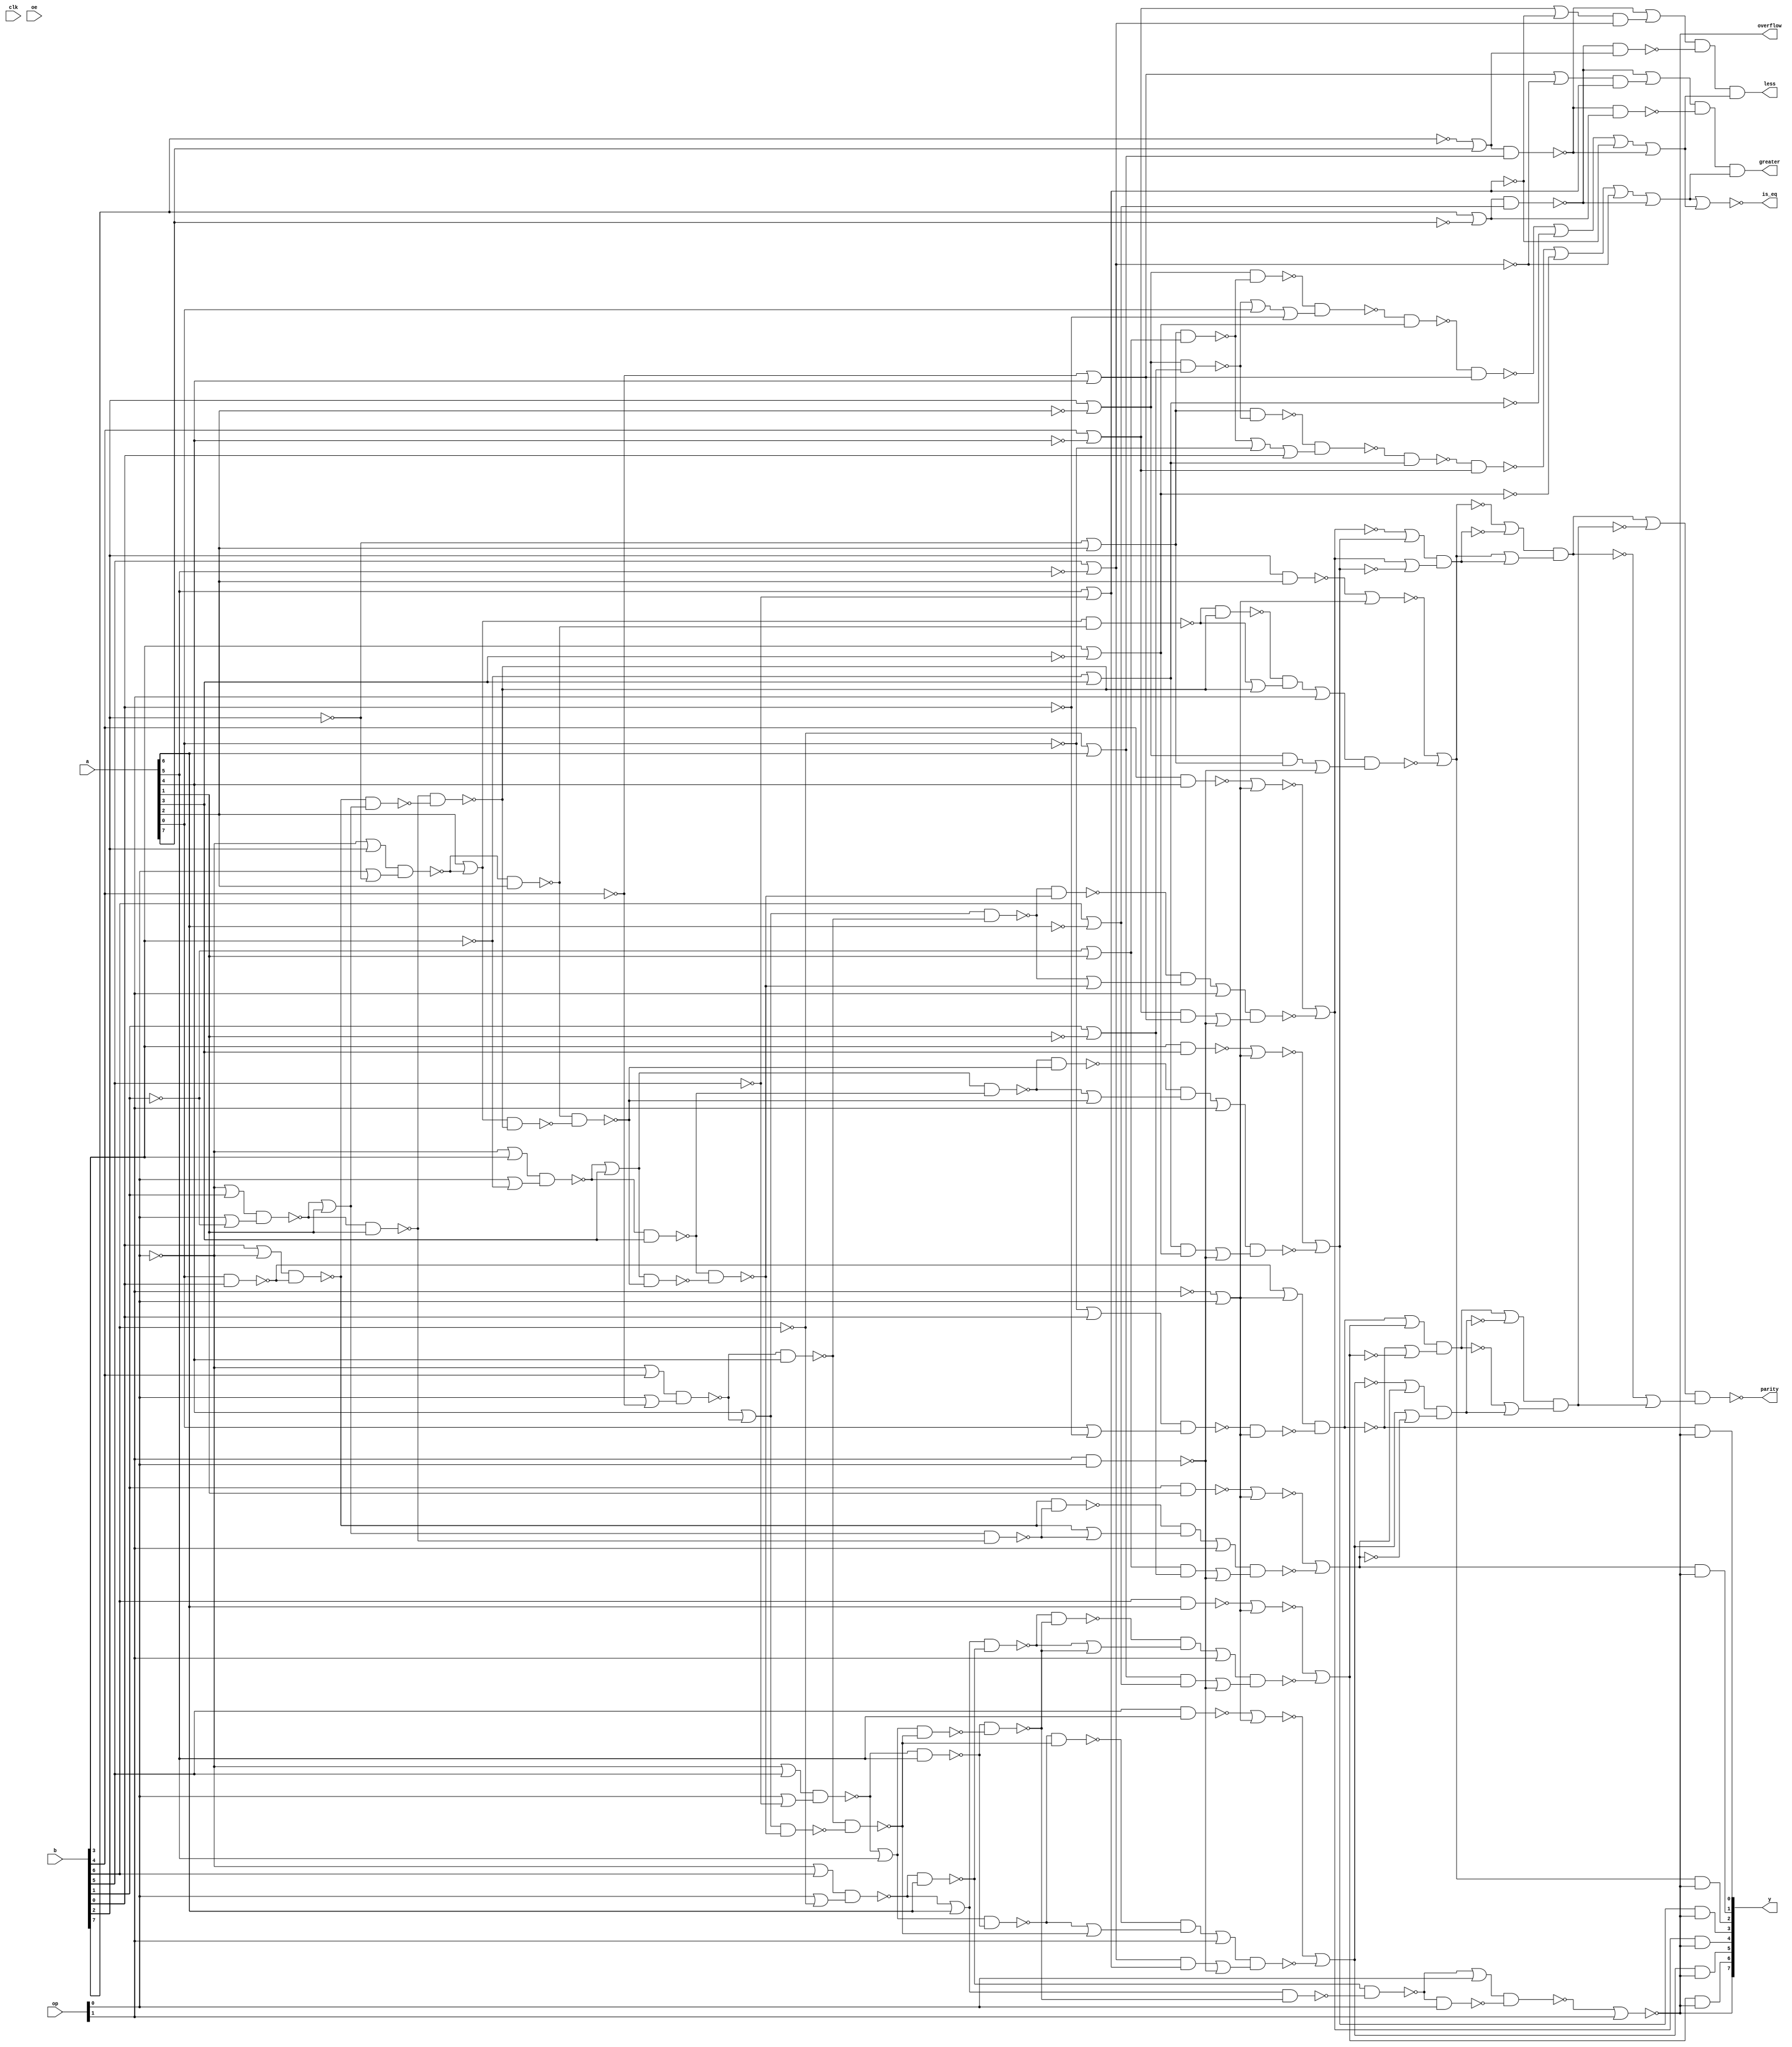

// Generated by Cadence Genus(TM) Synthesis Solution 20.10-p003_1
// Generated on: Mar 31 2021 19:10:52 PDT (Apr  1 2021 02:10:52 UTC)

// Verification Directory fv/top 

module top(clk, a, b, op, oe, y, parity, overflow, greater, is_eq,
     less);
  input clk, oe;
  input [7:0] a, b;
  input [1:0] op;
  output [7:0] y;
  output parity, overflow, greater, is_eq, less;
  wire clk, oe;
  wire [7:0] a, b;
  wire [1:0] op;
  wire [7:0] y;
  wire parity, overflow, greater, is_eq, less;
  wire n_471, n_472, n_473, n_474, n_475, n_476, n_477, n_478;
  wire n_479, n_480, n_481, n_482, n_483, n_484, n_485, n_486;
  wire n_487, n_488, n_489, n_490, n_491, n_492, n_493, n_494;
  wire n_495, n_496, n_497, n_498, n_499, n_500, n_501, n_502;
  wire n_503, n_504, n_505, n_506, n_507, n_508, n_509, n_510;
  wire n_512, n_513, n_515, n_516, n_517, n_518, n_519, n_520;
  wire n_534, n_535, n_537, n_539, n_541, n_542, n_543, n_544;
  wire n_545, n_546, n_547, n_549, n_555, n_556, n_557, n_558;
  wire n_559, n_560, n_562, n_563, n_564, n_565, n_566, n_567;
  wire n_568, n_569, n_570, n_571, n_572, n_573, n_574, n_575;
  wire n_576, n_581, n_582, n_585, n_588, n_591, n_594, n_597;
  wire n_600, n_603, n_606, n_613, n_614, n_615, n_622, n_623;
  wire n_624, n_633, n_634, n_635, n_636, n_645, n_646, n_647;
  wire n_648, n_651, n_654, n_665, n_666, n_667, n_668, n_669;
  wire n_680, n_681, n_682, n_683, n_684, n_695, n_696, n_697;
  wire n_698, n_699, n_710, n_711, n_712, n_713, n_714, n_725;
  wire n_726, n_727, n_728, n_729, n_740, n_741, n_742, n_743;
  wire n_744, n_751, n_752, n_753, n_758, n_759, n_762, n_765;
  wire n_768, n_771, n_774, n_777, n_803, n_804, n_810, n_811;
  wire n_814, n_815, n_816, n_817, n_818, n_819, n_820, n_821;
  wire n_822, n_823, n_827, n_828, n_829, n_830, n_831, n_832;
  wire n_833, n_834, n_835, n_836, n_837, n_838, n_839, n_840;
  wire n_841, n_842, n_843, n_844, n_845, n_846, n_849, n_850;
  wire n_851, n_852;
  assign overflow = y[7];
  or g809 (n_505, wc, a[1]);
  not gc (wc, b[1]);
  or g810 (n_506, b[1], wc0);
  not gc0 (wc0, a[1]);
  or g1164 (n_473, b[2], wc1);
  not gc1 (wc1, a[2]);
  or g1165 (n_474, wc2, a[2]);
  not gc2 (wc2, b[2]);
  or g1170 (n_481, b[4], wc3);
  not gc3 (wc3, a[4]);
  or g1171 (n_482, wc4, a[4]);
  not gc4 (wc4, b[4]);
  or g1176 (n_489, wc5, a[3]);
  not gc5 (wc5, b[3]);
  or g1177 (n_490, b[3], wc6);
  not gc6 (wc6, a[3]);
  not g1183 (y[7], n_513);
  or g1185 (n_515, b[5], wc7);
  not gc7 (wc7, a[5]);
  nand g1222 (n_537, n_473, n_506);
  nand g1227 (n_539, n_474, n_505);
  or g1232 (n_541, a[2], n_475);
  or g1235 (n_542, n_483, a[3]);
  or g1238 (n_543, n_477, a[1]);
  or g1244 (n_545, a[4], n_486);
  or g1247 (n_546, n_499, a[6]);
  or g1250 (n_547, n_496, a[5]);
  or g1258 (n_535, wc8, a[6]);
  not gc8 (wc8, b[6]);
  or g1259 (n_534, b[6], wc9);
  not gc9 (wc9, a[6]);
  or g1260 (n_549, b[7], wc10);
  not gc10 (wc10, a[7]);
  or g1261 (n_544, wc11, a[7]);
  not gc11 (wc11, b[7]);
  or g1317 (n_558, n_482, wc12);
  not gc12 (wc12, n_515);
  nand g1331 (n_565, n_473, n_474);
  nand g1335 (n_567, n_535, n_534);
  nand g1339 (n_569, n_489, n_490);
  nand g1343 (n_571, n_481, n_482);
  nand g1347 (n_573, n_505, n_506);
  or g1500 (n_803, wc13, n_510);
  not gc13 (wc13, n_494);
  or g1501 (n_804, n_494, wc14);
  not gc14 (wc14, n_510);
  nand g1502 (parity, n_803, n_804);
  or g1513 (n_810, wc15, n_509);
  not gc15 (wc15, n_502);
  or g1514 (n_811, n_502, wc16);
  not gc16 (wc16, n_509);
  nand g1515 (n_510, n_810, n_811);
  or g1520 (n_513, n_753, op[1]);
  or g1521 (n_814, wc17, n_501);
  not gc17 (wc17, n_495);
  or g1522 (n_815, n_495, wc18);
  not gc18 (wc18, n_501);
  nand g1523 (n_502, n_814, n_815);
  or g1524 (n_501, wc19, n_744);
  not gc19 (wc19, n_743);
  nand g1525 (n_753, n_751, n_752);
  or g1526 (n_816, wc20, n_508);
  not gc20 (wc20, n_504);
  or g1527 (n_817, n_504, wc21);
  not gc21 (wc21, n_508);
  nand g1528 (n_509, n_816, n_817);
  or g1529 (n_751, n_512, op[0]);
  nand g1530 (n_752, n_512, op[0]);
  nand g1531 (n_744, n_741, n_742);
  nand g1532 (n_512, n_594, n_771);
  or g1533 (n_818, wc22, n_493);
  not gc22 (wc22, n_480);
  or g1534 (n_819, n_480, wc23);
  not gc23 (wc23, n_493);
  nand g1535 (n_494, n_818, n_819);
  or g1536 (n_741, wc24, op[1]);
  not gc24 (wc24, n_568);
  or g1537 (n_504, wc25, n_729);
  not gc25 (wc25, n_728);
  nand g1538 (n_820, n_500, n_498);
  or g1539 (n_821, n_500, n_498);
  nand g1540 (n_568, n_820, n_821);
  nand g1541 (n_729, n_726, n_727);
  or g1542 (n_822, wc26, n_492);
  not gc26 (wc26, n_488);
  or g1543 (n_823, n_488, wc27);
  not gc27 (wc27, n_492);
  nand g1544 (n_493, n_822, n_823);
  nand g1545 (n_771, n_546, n_498);
  or g1546 (n_726, wc28, op[1]);
  not gc28 (wc28, n_564);
  or g1547 (n_488, wc29, n_714);
  not gc29 (wc29, n_713);
  nand g1548 (n_498, n_597, n_774);
  nand g1553 (n_774, n_547, n_497);
  nand g1556 (n_827, n_503, n_497);
  or g1557 (n_828, n_503, n_497);
  nand g1558 (n_564, n_827, n_828);
  nand g1559 (n_714, n_711, n_712);
  or g1560 (n_517, n_636, n_516);
  or g1561 (n_520, n_648, n_519);
  or g1562 (n_711, wc30, op[1]);
  not gc30 (wc30, n_572);
  or g1563 (n_492, wc31, n_699);
  not gc31 (wc31, n_698);
  nand g1564 (n_497, n_588, n_765);
  or g1565 (n_636, n_635, wc32);
  not gc32 (wc32, n_515);
  nand g1566 (n_699, n_696, n_697);
  nand g1567 (n_765, n_545, n_485);
  or g1568 (n_648, n_647, wc33);
  not gc33 (wc33, n_518);
  nand g1569 (n_829, n_487, n_485);
  or g1570 (n_830, n_487, n_485);
  nand g1571 (n_572, n_829, n_830);
  or g1572 (n_647, n_646, wc34);
  not gc34 (wc34, n_489);
  or g1573 (n_480, wc35, n_669);
  not gc35 (wc35, n_668);
  nand g1574 (n_485, n_591, n_768);
  or g1575 (n_696, wc36, op[1]);
  not gc36 (wc36, n_570);
  or g1576 (n_635, n_634, wc37);
  not gc37 (wc37, n_490);
  nand g1577 (n_646, n_645, n_482);
  or g1578 (n_508, wc38, n_684);
  not gc38 (wc38, n_683);
  nand g1579 (n_669, n_666, n_667);
  nand g1580 (n_634, n_633, n_481);
  nand g1581 (n_768, n_542, n_484);
  nand g1582 (n_831, n_491, n_484);
  or g1583 (n_832, n_491, n_484);
  nand g1584 (n_570, n_831, n_832);
  nand g1585 (n_645, n_576, n_490);
  nand g1586 (n_484, n_585, n_762);
  nand g1587 (n_684, n_681, n_682);
  nand g1588 (n_633, n_575, n_489);
  or g1589 (n_666, wc39, op[1]);
  not gc39 (wc39, n_566);
  nand g1590 (n_651, n_557, n_556);
  or g1591 (n_681, wc40, op[1]);
  not gc40 (wc40, n_574);
  nand g1592 (n_575, n_614, n_615);
  nand g1593 (n_654, n_560, n_559);
  nand g1594 (n_833, n_476, n_479);
  or g1595 (n_834, n_476, n_479);
  nand g1596 (n_566, n_833, n_834);
  nand g1597 (n_576, n_623, n_624);
  nand g1598 (n_762, n_541, n_479);
  or g1599 (n_557, n_519, wc41);
  not gc41 (wc41, n_603);
  or g1600 (n_624, n_622, wc42);
  not gc42 (wc42, b[0]);
  nand g1601 (n_479, n_600, n_777);
  nand g1602 (n_835, n_478, n_507);
  or g1603 (n_836, n_478, n_507);
  nand g1604 (n_574, n_835, n_836);
  or g1605 (n_615, n_613, b[0]);
  or g1606 (n_560, n_516, wc43);
  not gc43 (wc43, n_606);
  nand g1607 (n_777, n_478, n_543);
  nand g1608 (n_503, n_547, n_597);
  nand g1609 (n_507, n_543, n_600);
  or g1610 (n_697, wc44, n_472);
  not gc44 (wc44, n_569);
  or g1611 (n_682, wc45, n_472);
  not gc45 (wc45, n_573);
  nand g1612 (n_500, n_546, n_594);
  nand g1613 (n_614, n_474, n_537);
  or g1614 (n_742, wc46, n_472);
  not gc46 (wc46, n_567);
  nand g1615 (n_487, n_545, n_588);
  or g1616 (n_613, n_539, wc47);
  not gc47 (wc47, a[0]);
  nand g1617 (n_495, n_758, n_759);
  nand g1618 (n_476, n_541, n_585);
  nand g1619 (n_623, n_473, n_539);
  or g1620 (n_622, n_537, a[0]);
  or g1621 (n_712, wc48, n_472);
  not gc48 (wc48, n_571);
  nand g1622 (n_556, n_516, n_544);
  nand g1623 (n_559, n_519, n_549);
  nand g1624 (n_603, n_555, n_515);
  nand g1625 (n_606, n_558, n_518);
  or g1626 (n_667, wc49, n_472);
  not gc49 (wc49, n_565);
  nand g1627 (n_491, n_542, n_591);
  nand g1628 (n_594, n_499, a[6]);
  or g1629 (n_743, n_740, n_471);
  nand g1630 (n_597, n_496, a[5]);
  nand g1631 (n_759, n_562, n_471);
  or g1632 (n_713, n_710, n_471);
  or g1633 (n_758, n_582, n_471);
  or g1634 (n_728, n_725, n_471);
  or g1635 (n_727, wc50, n_472);
  not gc50 (wc50, n_563);
  or g1636 (n_683, n_680, n_471);
  nand g1637 (n_588, n_486, a[4]);
  nand g1638 (n_478, n_581, n_582);
  or g1639 (n_698, n_695, n_471);
  nand g1640 (n_600, n_477, a[1]);
  nand g1641 (n_516, n_549, n_534);
  nand g1642 (n_591, n_483, a[3]);
  nand g1643 (n_585, n_475, a[2]);
  nand g1644 (n_519, n_544, n_535);
  or g1645 (n_555, n_481, wc51);
  not gc51 (wc51, n_518);
  or g1646 (n_668, n_665, n_471);
  or g1647 (n_837, wc52, b[3]);
  not gc52 (wc52, op[0]);
  or g1648 (n_838, op[0], wc53);
  not gc53 (wc53, b[3]);
  nand g1649 (n_483, n_837, n_838);
  nand g1650 (n_695, b[3], a[3]);
  or g1651 (n_839, wc54, b[4]);
  not gc54 (wc54, op[0]);
  or g1652 (n_840, op[0], wc55);
  not gc55 (wc55, b[4]);
  nand g1653 (n_486, n_839, n_840);
  nand g1654 (n_710, b[4], a[4]);
  or g1655 (n_841, wc56, b[0]);
  not gc56 (wc56, a[0]);
  or g1656 (n_842, a[0], wc57);
  not gc57 (wc57, b[0]);
  nand g1657 (n_562, n_841, n_842);
  nand g1658 (n_740, b[6], a[6]);
  or g1659 (n_843, wc58, b[6]);
  not gc58 (wc58, op[0]);
  or g1660 (n_844, op[0], wc59);
  not gc59 (wc59, b[6]);
  nand g1661 (n_499, n_843, n_844);
  nand g1662 (n_472, op[1], op[0]);
  or g1663 (n_845, wc60, b[5]);
  not gc60 (wc60, op[0]);
  or g1664 (n_846, op[0], wc61);
  not gc61 (wc61, b[5]);
  nand g1665 (n_496, n_845, n_846);
  nand g1666 (n_725, b[5], a[5]);
  or g1668 (n_518, a[5], wc62);
  not gc62 (wc62, b[5]);
  nand g1669 (n_563, n_515, n_518);
  nand g1670 (n_680, b[1], a[1]);
  nand g1671 (n_582, a[0], b[0]);
  or g1672 (n_581, b[0], wc63);
  not gc63 (wc63, op[0]);
  or g1673 (n_849, wc64, b[1]);
  not gc64 (wc64, op[0]);
  or g1674 (n_850, op[0], wc65);
  not gc65 (wc65, b[1]);
  nand g1675 (n_477, n_849, n_850);
  or g1677 (n_851, wc66, b[2]);
  not gc66 (wc66, op[0]);
  or g1678 (n_852, op[0], wc67);
  not gc67 (wc67, b[2]);
  nand g1679 (n_475, n_851, n_852);
  or g1680 (n_471, wc68, op[0]);
  not gc68 (wc68, op[1]);
  nand g1681 (n_665, b[2], a[2]);
  nor g1682 (is_eq, n_517, n_520);
  and g1683 (less, wc69, n_520);
  not gc69 (wc69, n_651);
  and g1684 (greater, wc70, n_517);
  not gc70 (wc70, n_654);
  and g1685 (y[5], n_504, wc71);
  not gc71 (wc71, n_513);
  and g1686 (y[2], n_480, wc72);
  not gc72 (wc72, n_513);
  and g1687 (y[1], n_508, wc73);
  not gc73 (wc73, n_513);
  and g1688 (y[6], n_501, wc74);
  not gc74 (wc74, n_513);
  and g1689 (y[4], n_488, wc75);
  not gc75 (wc75, n_513);
  and g1690 (y[3], n_492, wc76);
  not gc76 (wc76, n_513);
  and g1691 (y[0], n_495, wc77);
  not gc77 (wc77, n_513);
endmodule